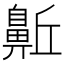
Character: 𪖛